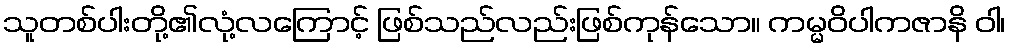
သူတစ်ပါးတို့၏လုံ့လကြောင့် ဖြစ်သည်လည်းဖြစ်ကုန်သော။ ကမ္မဝိပါကဇာနိ ဝါ၊